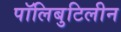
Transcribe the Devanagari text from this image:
पॉलिबुटिलीन